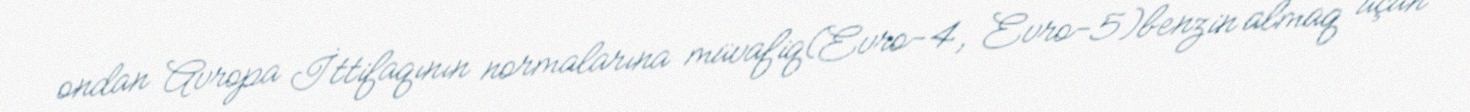
ondan Avropa İttifaqının normalarına müvafiq(Evro-4, Evro-5)benzin almaq üçün